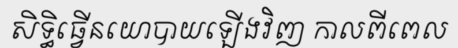
សិទ្ធិធ្វើនយោបាយឡើងវិញ កាលពីពេល